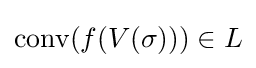
\operatorname {conv} (f(V(\sigma )))\in L